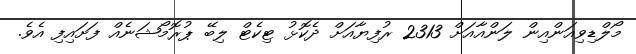
މޯލްޑިވިއަންއިން ލަންއާއަށް 2313 ރުފިޔާއަށް ދެކޮޅު ޓިކެޓް ލިބޭ ޕުރޮމޯޝަނެއް ފަށައިފި އެވެ.